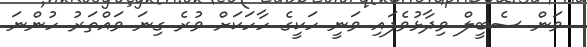
ވަން ސެބީލް ވިދާޅުވެފައި ވަނީ ހަކީގެ ހާހަކަށް ވުރެ ގިނަ ވައްތަރު ހުންނަ